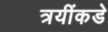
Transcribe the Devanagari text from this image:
त्रयींकडे